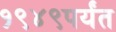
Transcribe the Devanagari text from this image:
१९४९पर्यंत